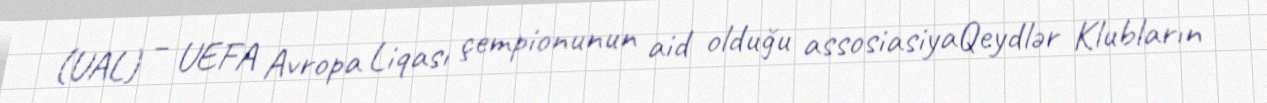
(UAL) – UEFA Avropa Liqası çempionunun aid olduğu assosiasiyaQeydlər Klubların